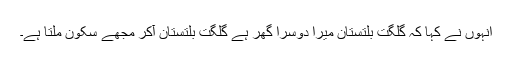
اُنہوں نے کہا کہ گلگت بلتستان میرا دوسرا گھر ہے گلگت بلتستان آکر مجھے سکون ملتا ہے۔